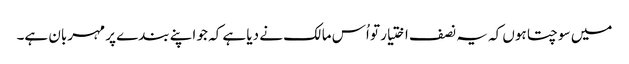
میں سوچتا ہوں کہ یہ نصف اختیار تو اُس مالک نے دیا ہے کہ جو اپنے بندے پر مہربان ہے۔